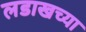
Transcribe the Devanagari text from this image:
लडाखच्या